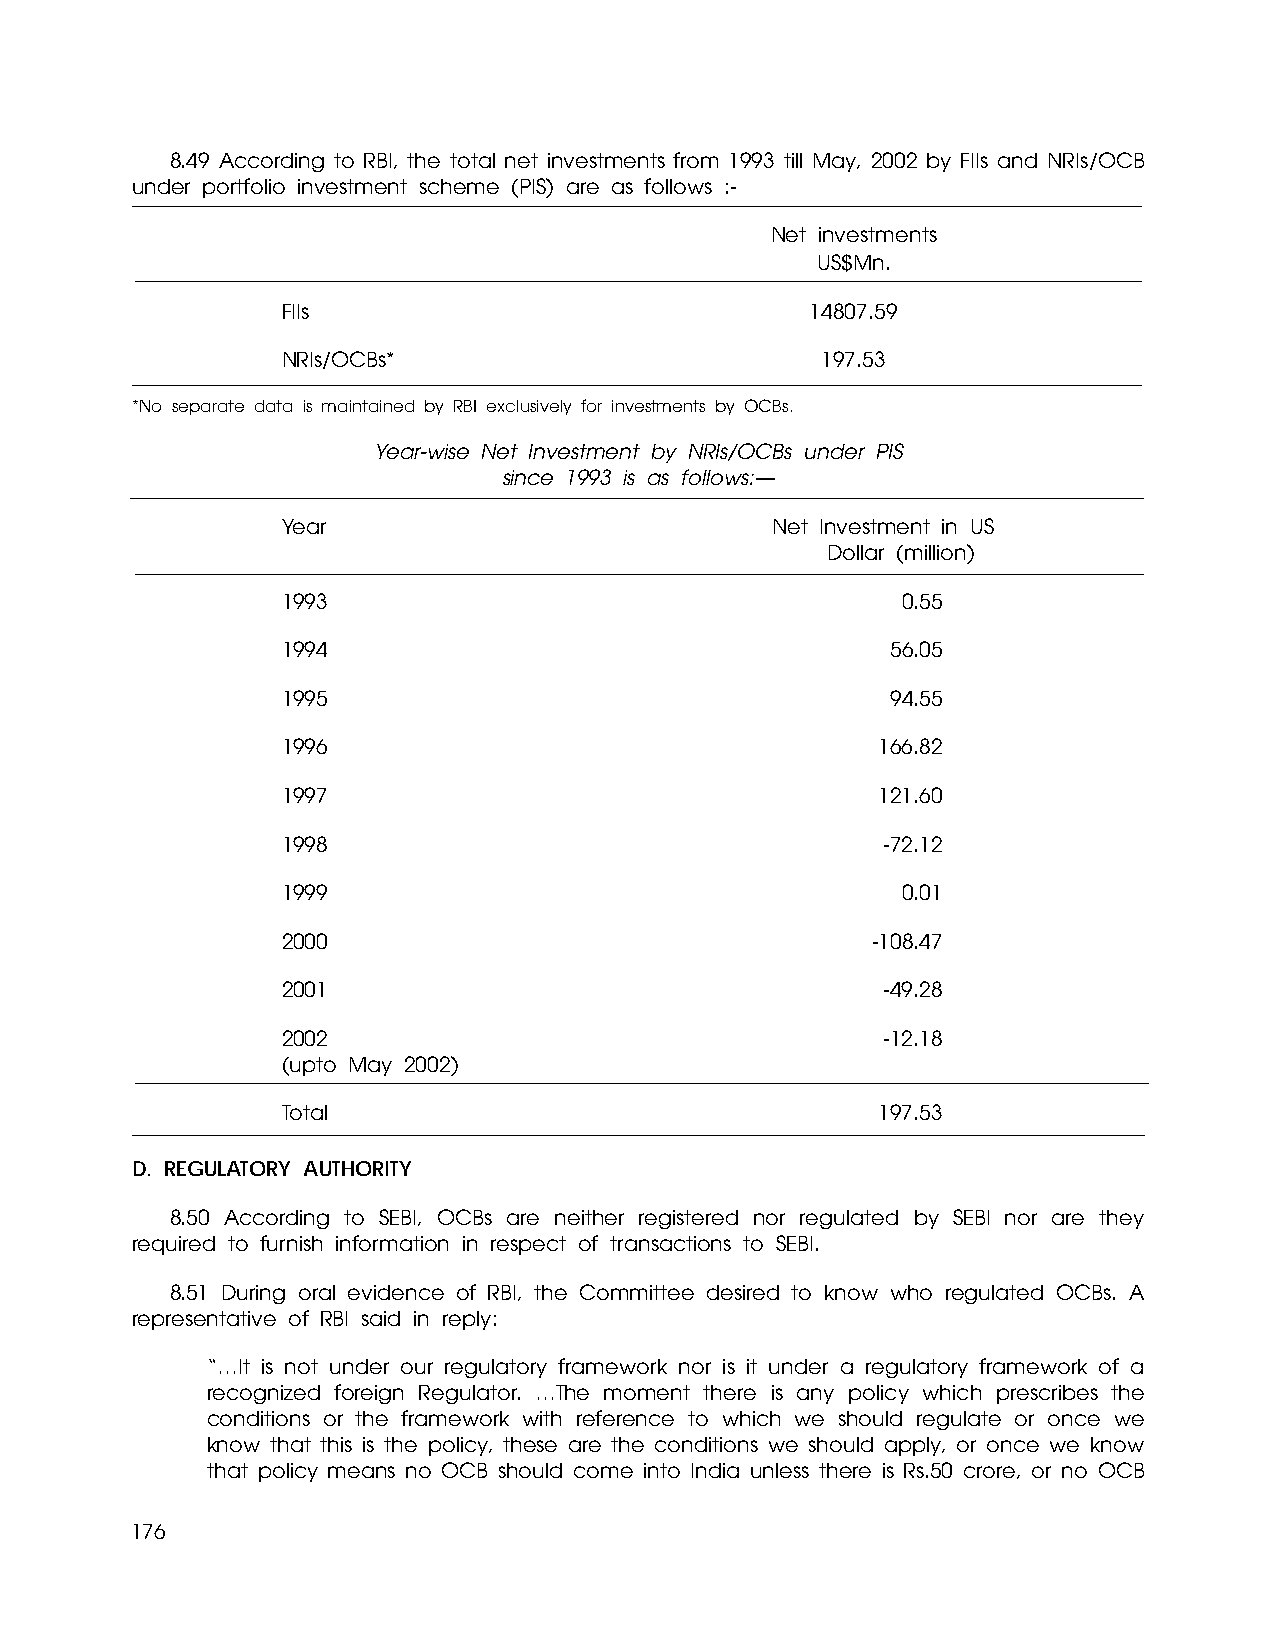
8.49 According to RBI, the total net investments from 1993 till May, 2002 by FIIs and NRIs/OCB
 under portfolio investment scheme (PIS) are as follows :-
 Net investments
 US$Mn.
 FIIs                               14807.59
 NRIs/OCBs*                         197.53
 *No separate data is maintained by RBI exclusively for investments by OCBs.
 Year-wise Net Investment by NRIs/OCBs under PIS
 since 1993 is as follows:—
 Year                            Net Investment in US
 Dollar (million)
 1993                                     0.55
 1994                                    56.05
 1995                                    94.55
 1996                                   166.82
 1997                                   121.60
 1998                                    -72.12
 1999                                     0.01
 2000                                   -108.47
 2001                                    -49.28
 2002                                    -12.18
 (upto May 2002)
 Total                                  197.53
 D. REGULATORY AUTHORITY
 8.50 According to SEBI, OCBs are neither registered nor regulated by SEBI nor are they
 required to furnish information in respect of transactions to SEBI.
 8.51 During oral evidence of RBI, the Committee desired to know who regulated OCBs. A
 representative of RBI said in reply:
 “…It is not under our regulatory framework nor is it under a regulatory framework of a
 recognized foreign Regulator. …The moment there is any policy which prescribes the
 conditions or the framework with reference to which we should regulate or once we
 know that this is the policy, these are the conditions we should apply, or once we know
 that policy means no OCB should come into India unless there is Rs.50 crore, or no OCB
 176